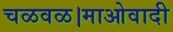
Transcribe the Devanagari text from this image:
चळवळ।माओवादी